Vaccine operations Central Provinces 1886-1899 - 1886-1899
Year: 1886
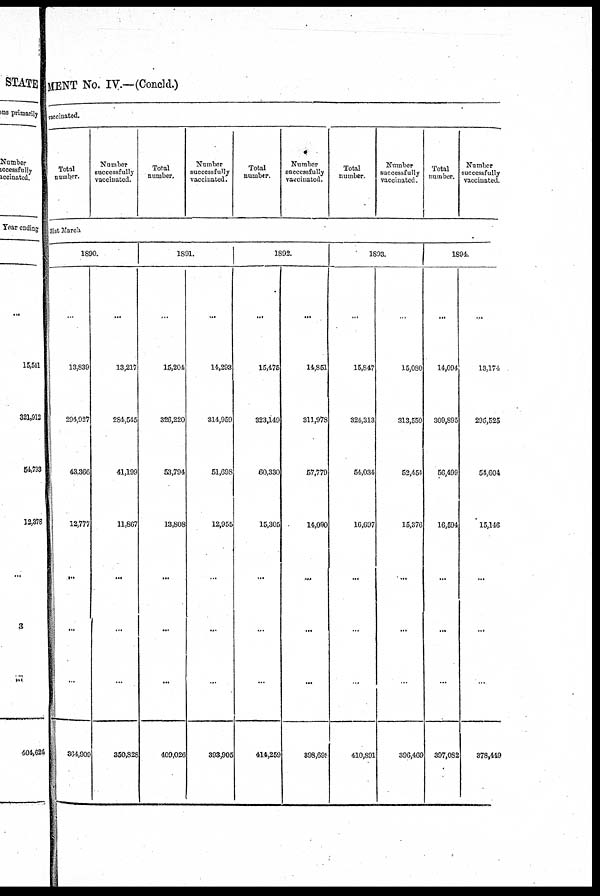
MENT No. IV.— (Concld.)
vaccinated.
Total
number.
Number
successfully
vaccinated.
Total
number.
Number
successfully
vaccinated.
Total
number.
Number
successfully
vaccinated
Total
number.
Number
successfully
vaccinated.
Total
number.
Number
successfully
vaccinated.
31st March
1890.
...
13,839
204,927
43,366
12,777
...
...
...
364,909
...
13,217
284,545
41,199
11,867
...
...
...
350,828
1891.
...
15,204
326,220
53,794
13,808
...
...
...
409,026
...
14,293
314,959
51,698
12,955
...
...
...
393,905
1892.
...
15,475
323,149
60,330
15,305
...
...
...
414,259
...
14,851
311,978
57,779
14,090
...
...
...
398,698
1893.
...
15,847
324,313
54,034
16,697
...
...
...
410,891
...
15,080
313,559
52,454
15,376
...
...
...
396,469
1894.
...
14,094
309,895
56,499
16,594
...
...
...
397,082
...
13,174
295,525
54,604
15,146
...
...
...
378,449